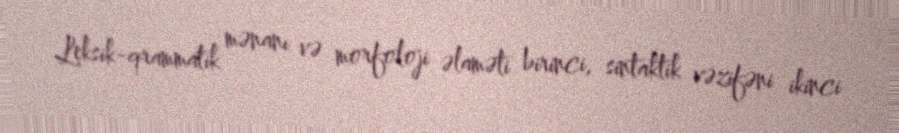
Leksik-qrammatik mənanı və morfoloji əlaməti birinci, sintaktik vəzifəni ikinci